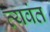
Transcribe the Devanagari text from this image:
व्यवंत